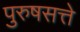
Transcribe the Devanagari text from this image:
पुरुषसत्ते